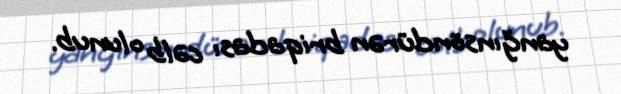
yanğınsöndürən briqadası cəlb olunub.